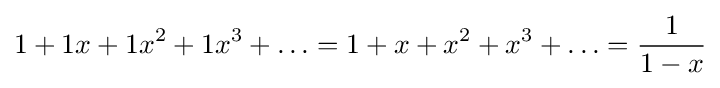
1+1x+1x^{2}+1x^{3}+\ldots =1+x+x^{2}+x^{3}+\ldots ={\frac {1}{1-x}}